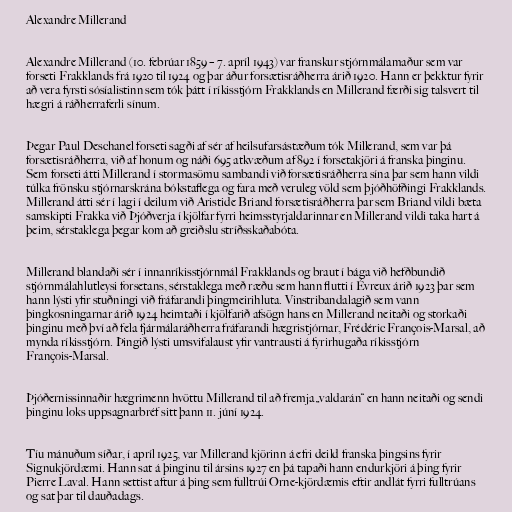
Alexandre Millerand

Alexandre Millerand (10. febrúar 1859 – 7. apríl 1943) var franskur stjórnmálamaður sem var
forseti Frakklands frá 1920 til 1924 og þar áður forsætisráðherra árið 1920. Hann er þekktur fyrir
að vera fyrsti sósíalistinn sem tók þátt í ríkisstjórn Frakklands en Millerand færði sig talsvert til
hægri á ráðherraferli sínum.

Þegar Paul Deschanel forseti sagði af sér af heilsufarsástæðum tók Millerand, sem var þá
forsætisráðherra, við af honum og náði 695 atkvæðum af 892 í forsetakjöri á franska þinginu.
Sem forseti átti Millerand í stormasömu sambandi við forsætisráðherra sína þar sem hann vildi
túlka frönsku stjórnarskrána bókstaflega og fara með veruleg völd sem þjóðhöfðingi Frakklands.
Millerand átti sér í lagi í deilum við Aristide Briand forsætisráðherra þar sem Briand vildi bæta
samskipti Frakka við Þjóðverja í kjölfar fyrri heimsstyrjaldarinnar en Millerand vildi taka hart á
þeim, sérstaklega þegar kom að greiðslu stríðsskaðabóta.

Millerand blandaði sér í innanríkisstjórnmál Frakklands og braut í bága við hefðbundið
stjórnmálahlutleysi forsetans, sérstaklega með ræðu sem hann flutti í Évreux árið 1923 þar sem
hann lýsti yfir stuðningi við fráfarandi þingmeirihluta. Vinstribandalagið sem vann
þingkosningarnar árið 1924 heimtaði í kjölfarið afsögn hans en Millerand neitaði og storkaði
þinginu með því að fela fjármálaráðherra fráfarandi hægristjórnar, Frédéric François-Marsal, að
mynda ríkisstjórn. Þingið lýsti umsvifalaust yfir vantrausti á fyrirhugaða ríkisstjórn
François-Marsal.

Þjóðernissinnaðir hægrimenn hvöttu Millerand til að fremja „valdarán“ en hann neitaði og sendi
þinginu loks uppsagnarbréf sitt þann 11. júní 1924.

Tíu mánuðum síðar, í apríl 1925, var Millerand kjörinn á efri deild franska þingsins fyrir
Signukjördæmi. Hann sat á þinginu til ársins 1927 en þá tapaði hann endurkjöri á þing fyrir
Pierre Laval. Hann settist aftur á þing sem fulltrúi Orne-kjördæmis eftir andlát fyrri fulltrúans
og sat þar til dauðadags.